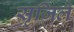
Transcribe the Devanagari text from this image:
सृजिले